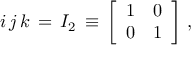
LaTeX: ~ i \, j \, k \, = \, I _ { 2 } \, \equiv \, { \left[ \begin{array} { l l } { 1 } & { 0 } \\ { 0 } & { 1 } \end{array} \right] } ~ ,